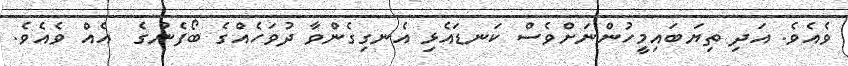
ވެއެވެ. އަދި ތިޔަބައިމީހުންނަށްވެސް ކަނޑައެޅި އެނގިގެންވާ ދުވަހެއްގެ ބޯފެނުގެ  އެއް ވެއެވެ.